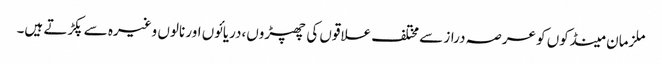
ملزمان مینڈکوں کو عرصہ دراز سے مختلف علاقوں کی چھپڑوں،دریائوں اور نالوں وغیرہ سے پکڑتے ہیں۔